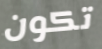
تكون